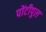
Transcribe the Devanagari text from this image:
पोंटीपुल